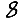
Digit: 8